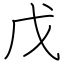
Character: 戊